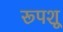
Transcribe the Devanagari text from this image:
रूपशू